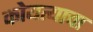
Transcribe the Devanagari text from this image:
कोयत्याचा